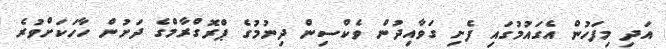
އަދި މިފަހުން އެގައުމުގައި ފެށި ގަވާއިދުން ވެކްސިން ދިނުމުގެ ޕްރޮގްރާމްގެ ދަށުން ހާހަކަށްވުރެ